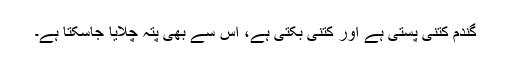
گندم کتنی پستی ہے اور کتنی بکتی ہے، اس سے بھی پتہ چلایا جاسکتا ہے۔